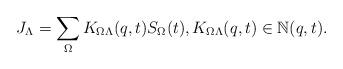
LaTeX: \begin{gather*}J_\Lambda=\sum\limits_\Omega K_{\Omega \Lambda}(q,t) S_\Omega(t),K_{\Omega \Lambda}(q,t)\in \mathbb{N}(q,t).\end{gather*}